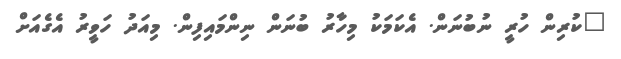
"ކުރިން ހުރީ ނުބުނަން. އެކަމަކު މިހާރު ބުނަން ނިންމައިފިން. މިއަދު ހަވީރު އެގެއަށް